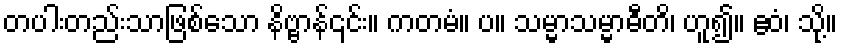
တပါးတည်းသာဖြစ်သော နိဗ္ဗာန်၎င်း။ ကတမံ။ ပ။ သမ္မာသမ္မာဓီတိ၊ ဟူ၍။ ဧဝံ၊ သို့။